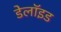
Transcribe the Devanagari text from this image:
डेलॉइड